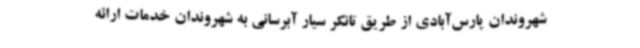
شهروندان پارس‌آبادی از طریق تانکر سیار آبرسانی به شهروندان خدمات ارائه